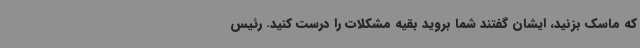
که ماسک بزنید، ایشان گفتند شما بروید بقیه مشکلات را درست کنید. رئیس